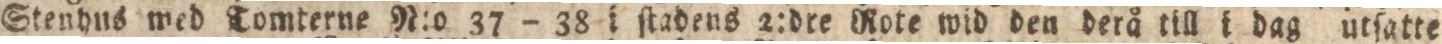
Stenhus med Tomterne N:o 37 – 38 i ſtadens 2:dre Rote wid den derå till i dag utsatte